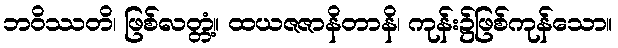
ဘဝိဿတိ၊ ဖြစ်လတ္တံ့။ ထယဇဇာနိတာနိ၊ ကုန်း၌ဖြစ်ကုန်သော။